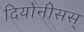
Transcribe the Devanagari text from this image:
दियोनीसस्